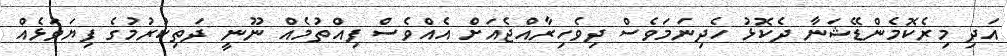
އަދި މިރެކޮމެންޑޭޝަނާ ދެކޮޅު ހެދިނަމަވެސް ދިވެހިރާއްޖެއަށް އެއްވެސް ފިއްތުމެއް ނޫނީ ދަތިކުރުމުގެ ފިޔަވަޅެއް